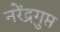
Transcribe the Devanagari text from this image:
नरेंद्रगुप्त